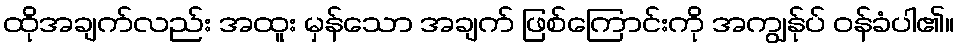
ထိုအချက်လည်း အထူး မှန်သော အချက် ဖြစ်ကြောင်းကို အကျွန်ုပ် ဝန်ခံပါ၏။